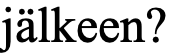
jälkeen?